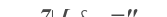
٢٤